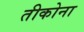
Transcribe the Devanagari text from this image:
तीकोना